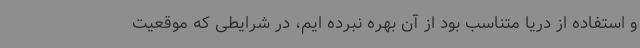
و استفاده از دریا متناسب بود از آن بهره نبرده ایم، در شرایطی که موقعیت